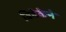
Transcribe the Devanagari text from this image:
विवेकेने